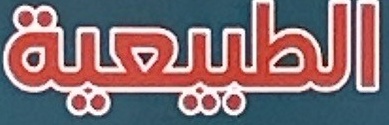
الطبیعیة